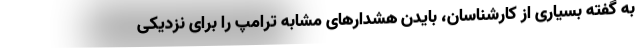
به گفته بسیاری از کارشناسان، بایدن هشدارهای مشابه ترامپ را برای نزدیکی